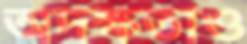
অদক্ষতাও